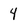
Character: 4